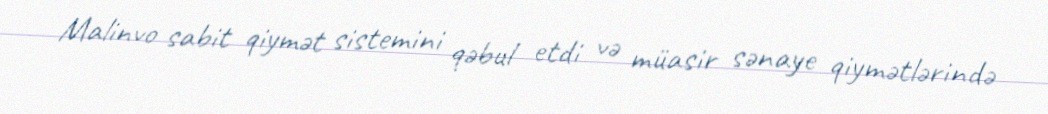
Malinvo sabit qiymət sistemini qəbul etdi və müasir sənaye qiymətlərində